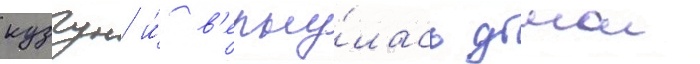
кузгун и́ в'ерну́лась домои